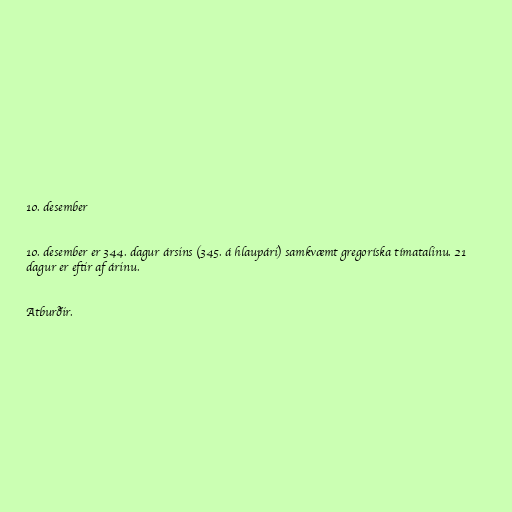
10. desember

10. desember er 344. dagur ársins (345. á hlaupári) samkvæmt gregoríska tímatalinu. 21
dagur er eftir af árinu.

Atburðir.